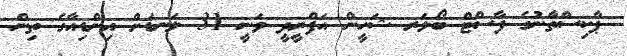
ޕާކިސްތާނުގެ ފާސްޓް ބޯލަރ ޝަހީން އަފްރީދީ ވަނީ 31 ލަނޑަށް އިންޑިއާގެ ތިން